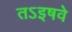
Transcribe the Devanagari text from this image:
तऽइषवे